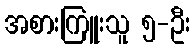
အစားကြူးသူ ၅-ဦး